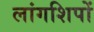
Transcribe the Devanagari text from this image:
लांगशिपों